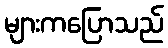
များကပြောသည်